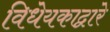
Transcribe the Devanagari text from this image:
विधेयकाद्वारे